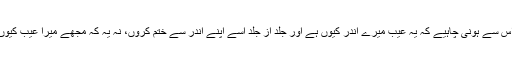
لہذا تکلیف اس سے ہونی چاہیے کہ یہ عیب میرے اندر کیوں ہے اور جلد از جلد اسے اپنے اندر سے ختم کروں، نہ یہ کہ مجھے میرا عیب کیوں بتا دیا گیا۔